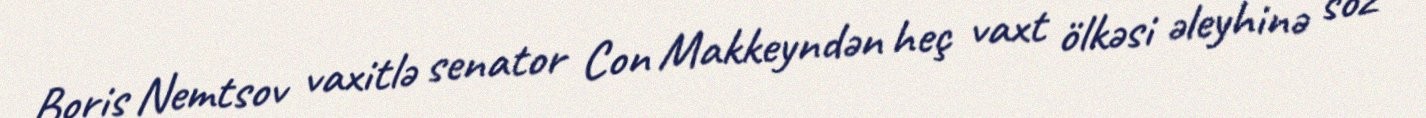
Boris Nemtsov vaxitlə senator Con Makkeyndən heç vaxt ölkəsi əleyhinə söz